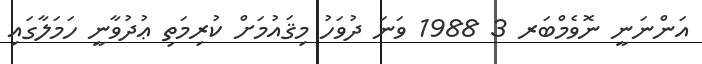
އަންނަނީ ނޮވެމްބަރ 3 1988 ވަނަ ދުވަހު މިޤައުމަށް ކުރިމަތި ޢުދުވާނީ ހަމަލާގައި